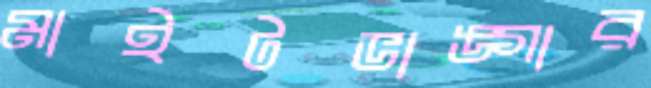
মাইটভাঙ্গার